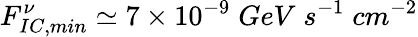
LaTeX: F_{IC,min}^{\nu}\simeq 7\times 10^{-9}\; GeV\; s^{-1}\; cm^{-2}